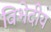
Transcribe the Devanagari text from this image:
विभेदीय